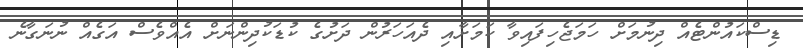
ޑިސްކައުންޓެއް ދިނުމަށް ހަމަޖެހިފައިވާ ކަމަށާއި ދެއަހަރުން ދަށުގެ ކުޑަކުދިންނަށް އެއްވެސް އަގެއް ނުނަގާނެ